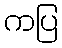
ကပြ